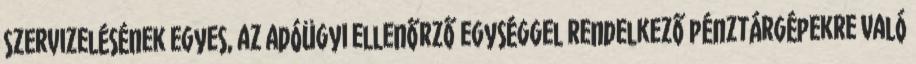
szervizelésének egyes, az adóügyi ellenőrző egységgel rendelkező pénztárgépekre való